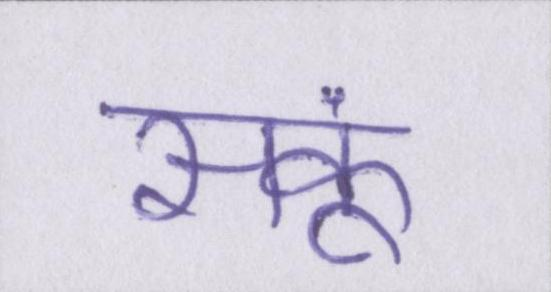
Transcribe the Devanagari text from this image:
सकूं